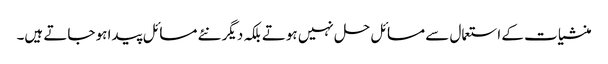
منشیات کے استعمال سے مسائل حل نہیں ہوتے بلکہ دیگر نئے مسائل پیدا ہو جاتے ہیں۔